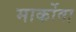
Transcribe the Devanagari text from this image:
मार्कोवा